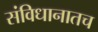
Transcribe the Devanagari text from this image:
संविधानातच